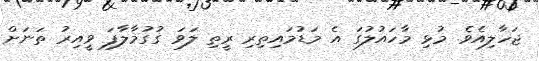
ޖަހާލިއެވެ. މުޅި މާހައުލުގަ އެ މަޑުމައިތިރި ރީތި ލަވަ ގުގުމާލާފަ ވީއިރު ތަނަށް